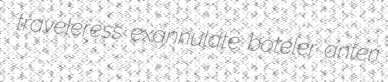
traveleress exannulate boteler anteri